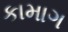
કામાગ